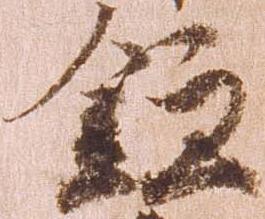
鎌